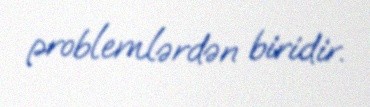
problemlərdən biridir.